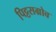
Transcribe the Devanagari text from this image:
पिट्टसग्रोव